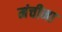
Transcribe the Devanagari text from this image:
मंचीना